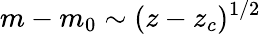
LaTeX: m-m_{0}\sim(z-z_{c})^{1/2}